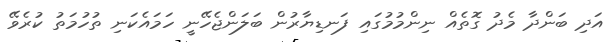
އަދި ބަންދާ މެދު ގޮތެއް ނިންމުމުގައި ފަނޑިޔާރުން ބަލަންޖެހޭނީ ހަމައެކަނި ތުހުމަތު ކުރެވޭ